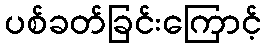
ပစ်ခတ်ခြင်းကြောင့်